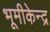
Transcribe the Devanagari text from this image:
भूमीकेन्द्र